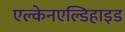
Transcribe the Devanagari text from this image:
एल्केनएल्डिहाइड